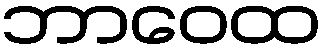
ဘာဝေထ